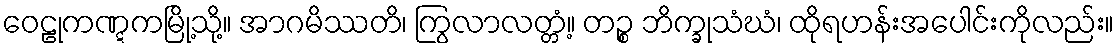
ဝေဠုကဏ္ဋကမြို့သို့။ အာဂမိဿတိ၊ ကြွလာလတ္တံ့။ တဉ္စ ဘိက္ခုသံဃံ၊ ထိုရဟန်းအပေါင်းကိုလည်း။